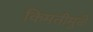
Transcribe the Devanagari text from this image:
किमतीमुळे